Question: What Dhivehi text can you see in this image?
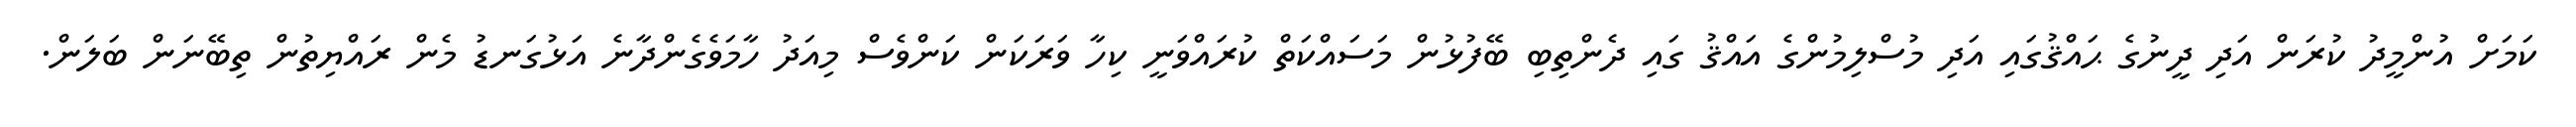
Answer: ކަމަށް އުންމީދު ކުރަން އަދި ދީނުގެ ޙައްޤުގައި އަދި މުސްލިމުންގެ އައްޤު ގައި ދެންތިބި ބޭފުޅުން މަސައްކަތް ކުރައްވަނީ ކިހާ ވަރަކަން ކަންވެސް މިއަދު ހާމަވެގެންދާނެ އަޅުގަނޑު މެން ރައްޔިތުން ތިބޭނަން ބަލަން.